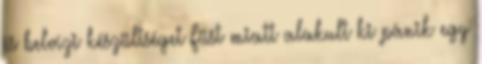
és belvízi készültséget Füst miatt alakult ki pánik egy